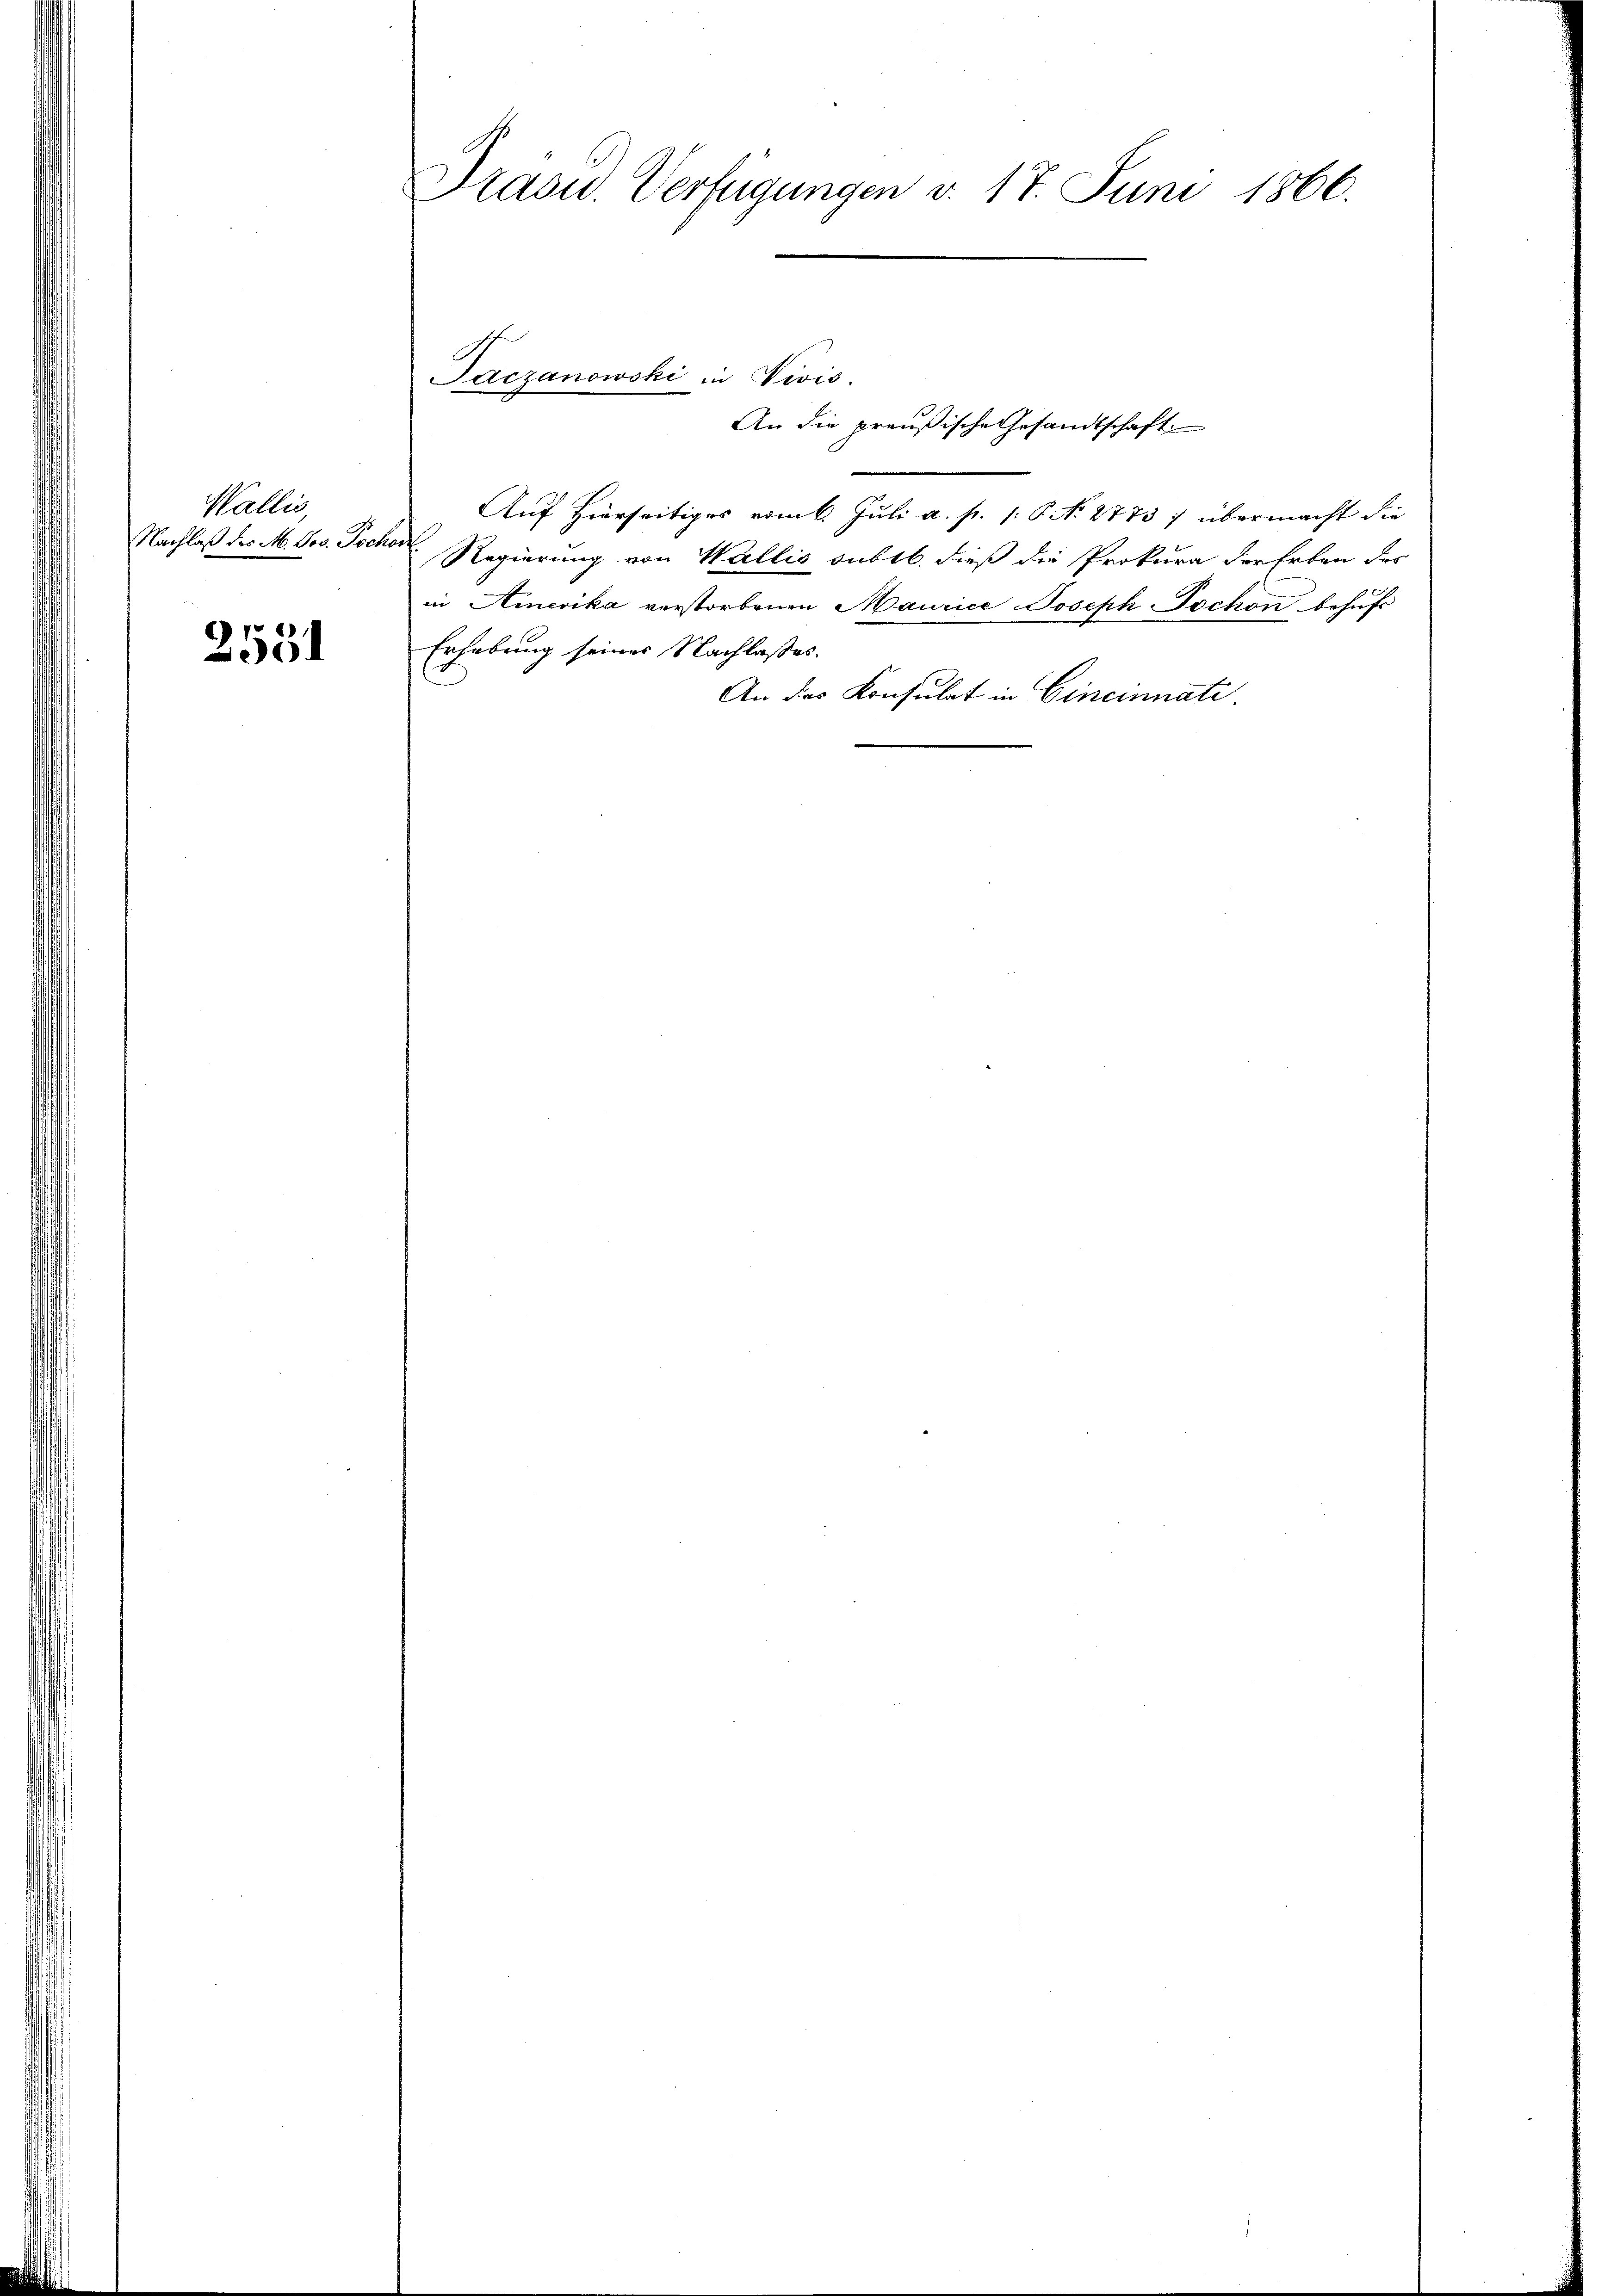
Wallis,
Nachlaß des M. Jos. Tochore

3551

Präsid. Verfügungen v. 17. Juni 1866.

Jaczanowski in Divis.
An die preußische Gesandtschaft
u

Auf Hierseitiges vom 6. Juli a. p. 1. P. N. 2773) übermacht die
Regierung von Wallis subtb. dieß die Prokura der Erben der
in Hinerika verstorbenen Maurice Joseph Tochon behŭfs
Erhebung seiner Nachlasses.
An das Konsulat in Cincinnati